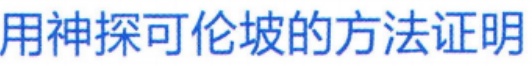
用神探可伦坡的方法证明